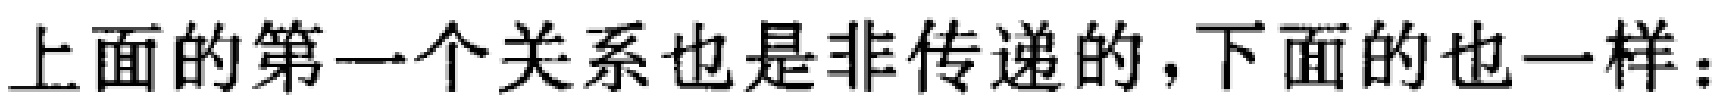
上面的第一个关系也是非传递的，下面的也一样：